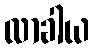
လာခါယ